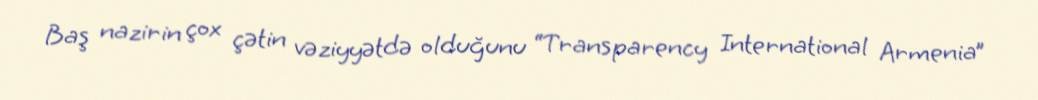
Baş nazirin çox çətin vəziyyətdə olduğunu “Transparency International Armenia”